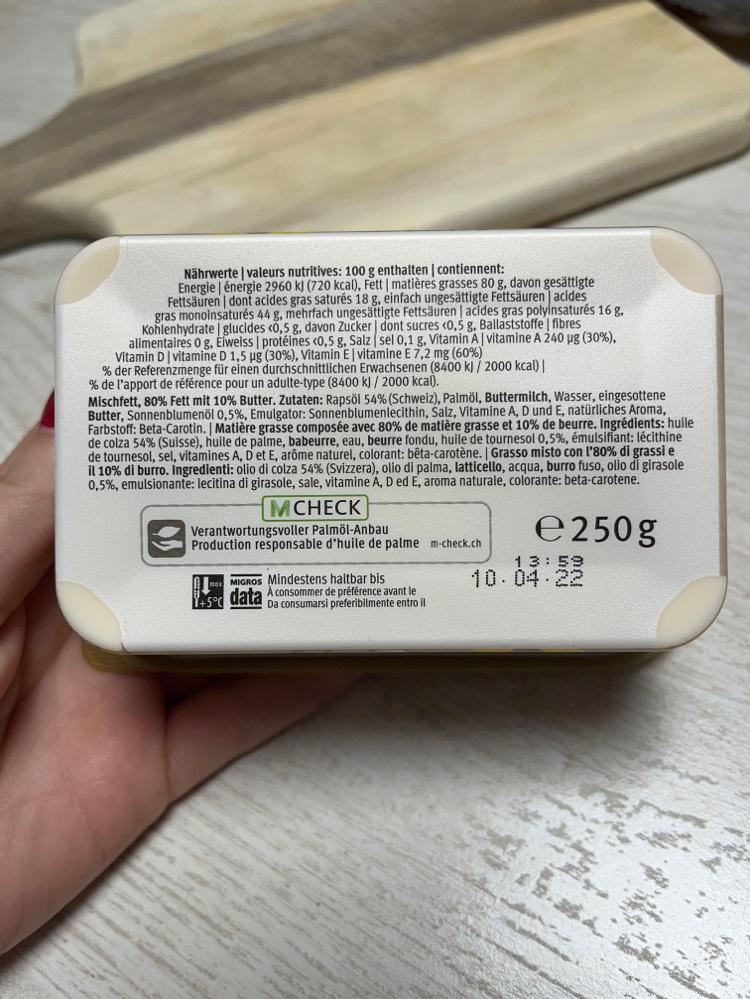
Nährwerte | valeurs nutritives: 100 g enthalten contiennent: Energie | énergie 2960 kl (720 kcal), Fett | matières grasses 80 g, davon gesättigte Fettsäuren | dont acides gras saturés 18 g, einfach ungesättigte Fettsäuren acides gras monoinsaturés 44 g, mehrfach ungesättigte Fettsäuren | acides gras polyinsaturés 16 g. Kohlenhydrate | glucides «0,5 g, davon Zucker | dont sucres <0,5 g, Ballaststoffe fibres alimentaires og, Élweiss | protéines c0,5 g, Salz sel 0,1 g, Vitamin A| vitamine A 240 pg (30%),
Vitamin D| vitamine D 1,5 pg (30%), Vitamin E| vitamine E7,2 mg (60%) % der Referenzmenge für einen durchschnittlichen Erwachsenen (8400 k) / 2000 kcal) | % de l'apport de référence pour un adulte-type (8400 k) / 2000 kcal).
Mischfett, 80% Fett mit 10% Butter. Zutaten: Rapsöl 54% (Schweiz), Palmöl, Buttermilch, Wasser, eingesottene Butter, Sonnenblumenöl 0,5%, Emulgator: Sonnenblumenlecithin, Salz, Vitamine A, D und E, natürliches Aroma, Farbstoff: Beta-Carotin. | Matière grasse composée avec 80% de matière grasse et 10% de beurre. Ingrédients: huile de colza 54% (Suisse), huile de palme, babeurre, eau, beurre fondu, huile de tournesol 0,5%, émulsifiant: lécithine de tournesol, sel, vitamines A, D et E, arôme naturel, colorant: bêta-carotène. | Grasso misto con l'80% di grassi e il 10% di burro. Ingredienti: olio di colza 54% (Svizzera), olio di palma, latticello, acqua, burro fuso, olio di girasole 0,5%, emulsionante: lecitina di girasole, sale, vitamine A, D ed E, aroma naturale, colorante: beta-carotene.
MCHECK
Verantwortungsvoller Palmöl-Anbau Production responsable d'huile de palme m-check.ch
e 250g
MIGROS Mindestens haltbar bis data A consommer de préférence avant le
13:59 10.04-22
Y+5°C
Da consumarsi preferibilmente entro il